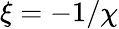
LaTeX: \xi=-1/\chi